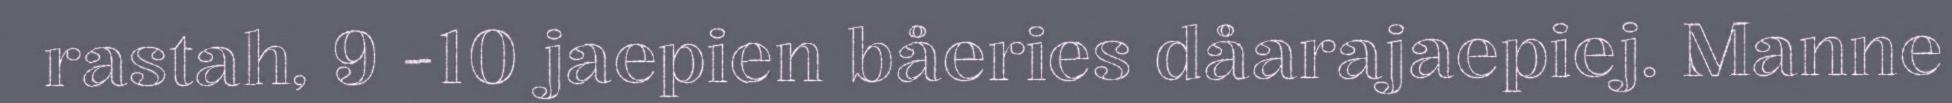
rastah, 9 -10 jaepien båeries dåarajaepiej. Manne